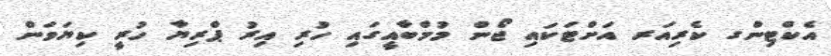
އެކްޓިންގ ކެރިއަރ އަށްޓަކައި ޖޯން މުމްބާއީގައި ހުރި އިރު ޕްރިޔާ ހުރީ ކިޔަވަން